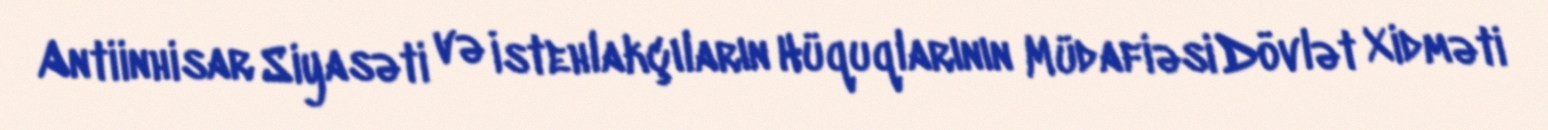
Antiinhisar Siyasəti və İstehlakçıların Hüquqlarının Müdafiəsi Dövlət Xidməti